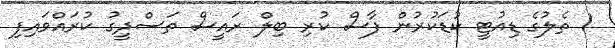
1 ތެލުގެ ޑިއުޓީ ކުޑަކުރުން ފާސް ކުރި ބިލް ރައީސް ތަސްދީގު ކުރައްވައިފި